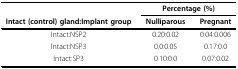
<table><thead><tr><td></td><td colspan="2"><b>Percentage (%)</b></td></tr><tr><td><b>Intact (control) gland:Implant group</b></td><td><b>Nulliparous</b></td><td><b>Pregnant</b></td></tr></thead><tbody><tr><td>Intact:NSP2</td><td>0.20:0.02</td><td>0.04:0.006</td></tr><tr><td>Intact:NSP3</td><td>0.0:0.05</td><td>0.17:0.0</td></tr><tr><td>Intact:SP3</td><td>0.10:0.0</td><td>0.07:0.02</td></tr></tbody></table>